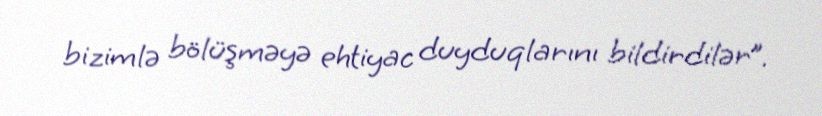
bizimlə bölüşməyə ehtiyac duyduqlarını bildirdilər”.